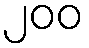
၂၀၀